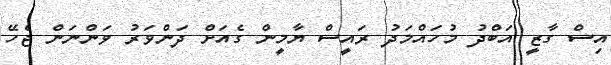
އިސް ގާޒީ އަބްދު މުހައްމަދު ރައީސް ޔާމީން ގެއަށް ދަންވަރު ވަންނަން ޖެހޭ